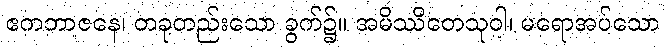
ဧကဘာဇနေ၊ တခုတည်းသော ခွက်၌။ အမိဿိတေသုဝါ၊ မရောအပ်သော